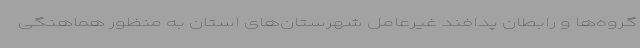
گروه‌ها و رابطان پدافند غیرعامل شهرستان‌های استان به منظور هماهنگی